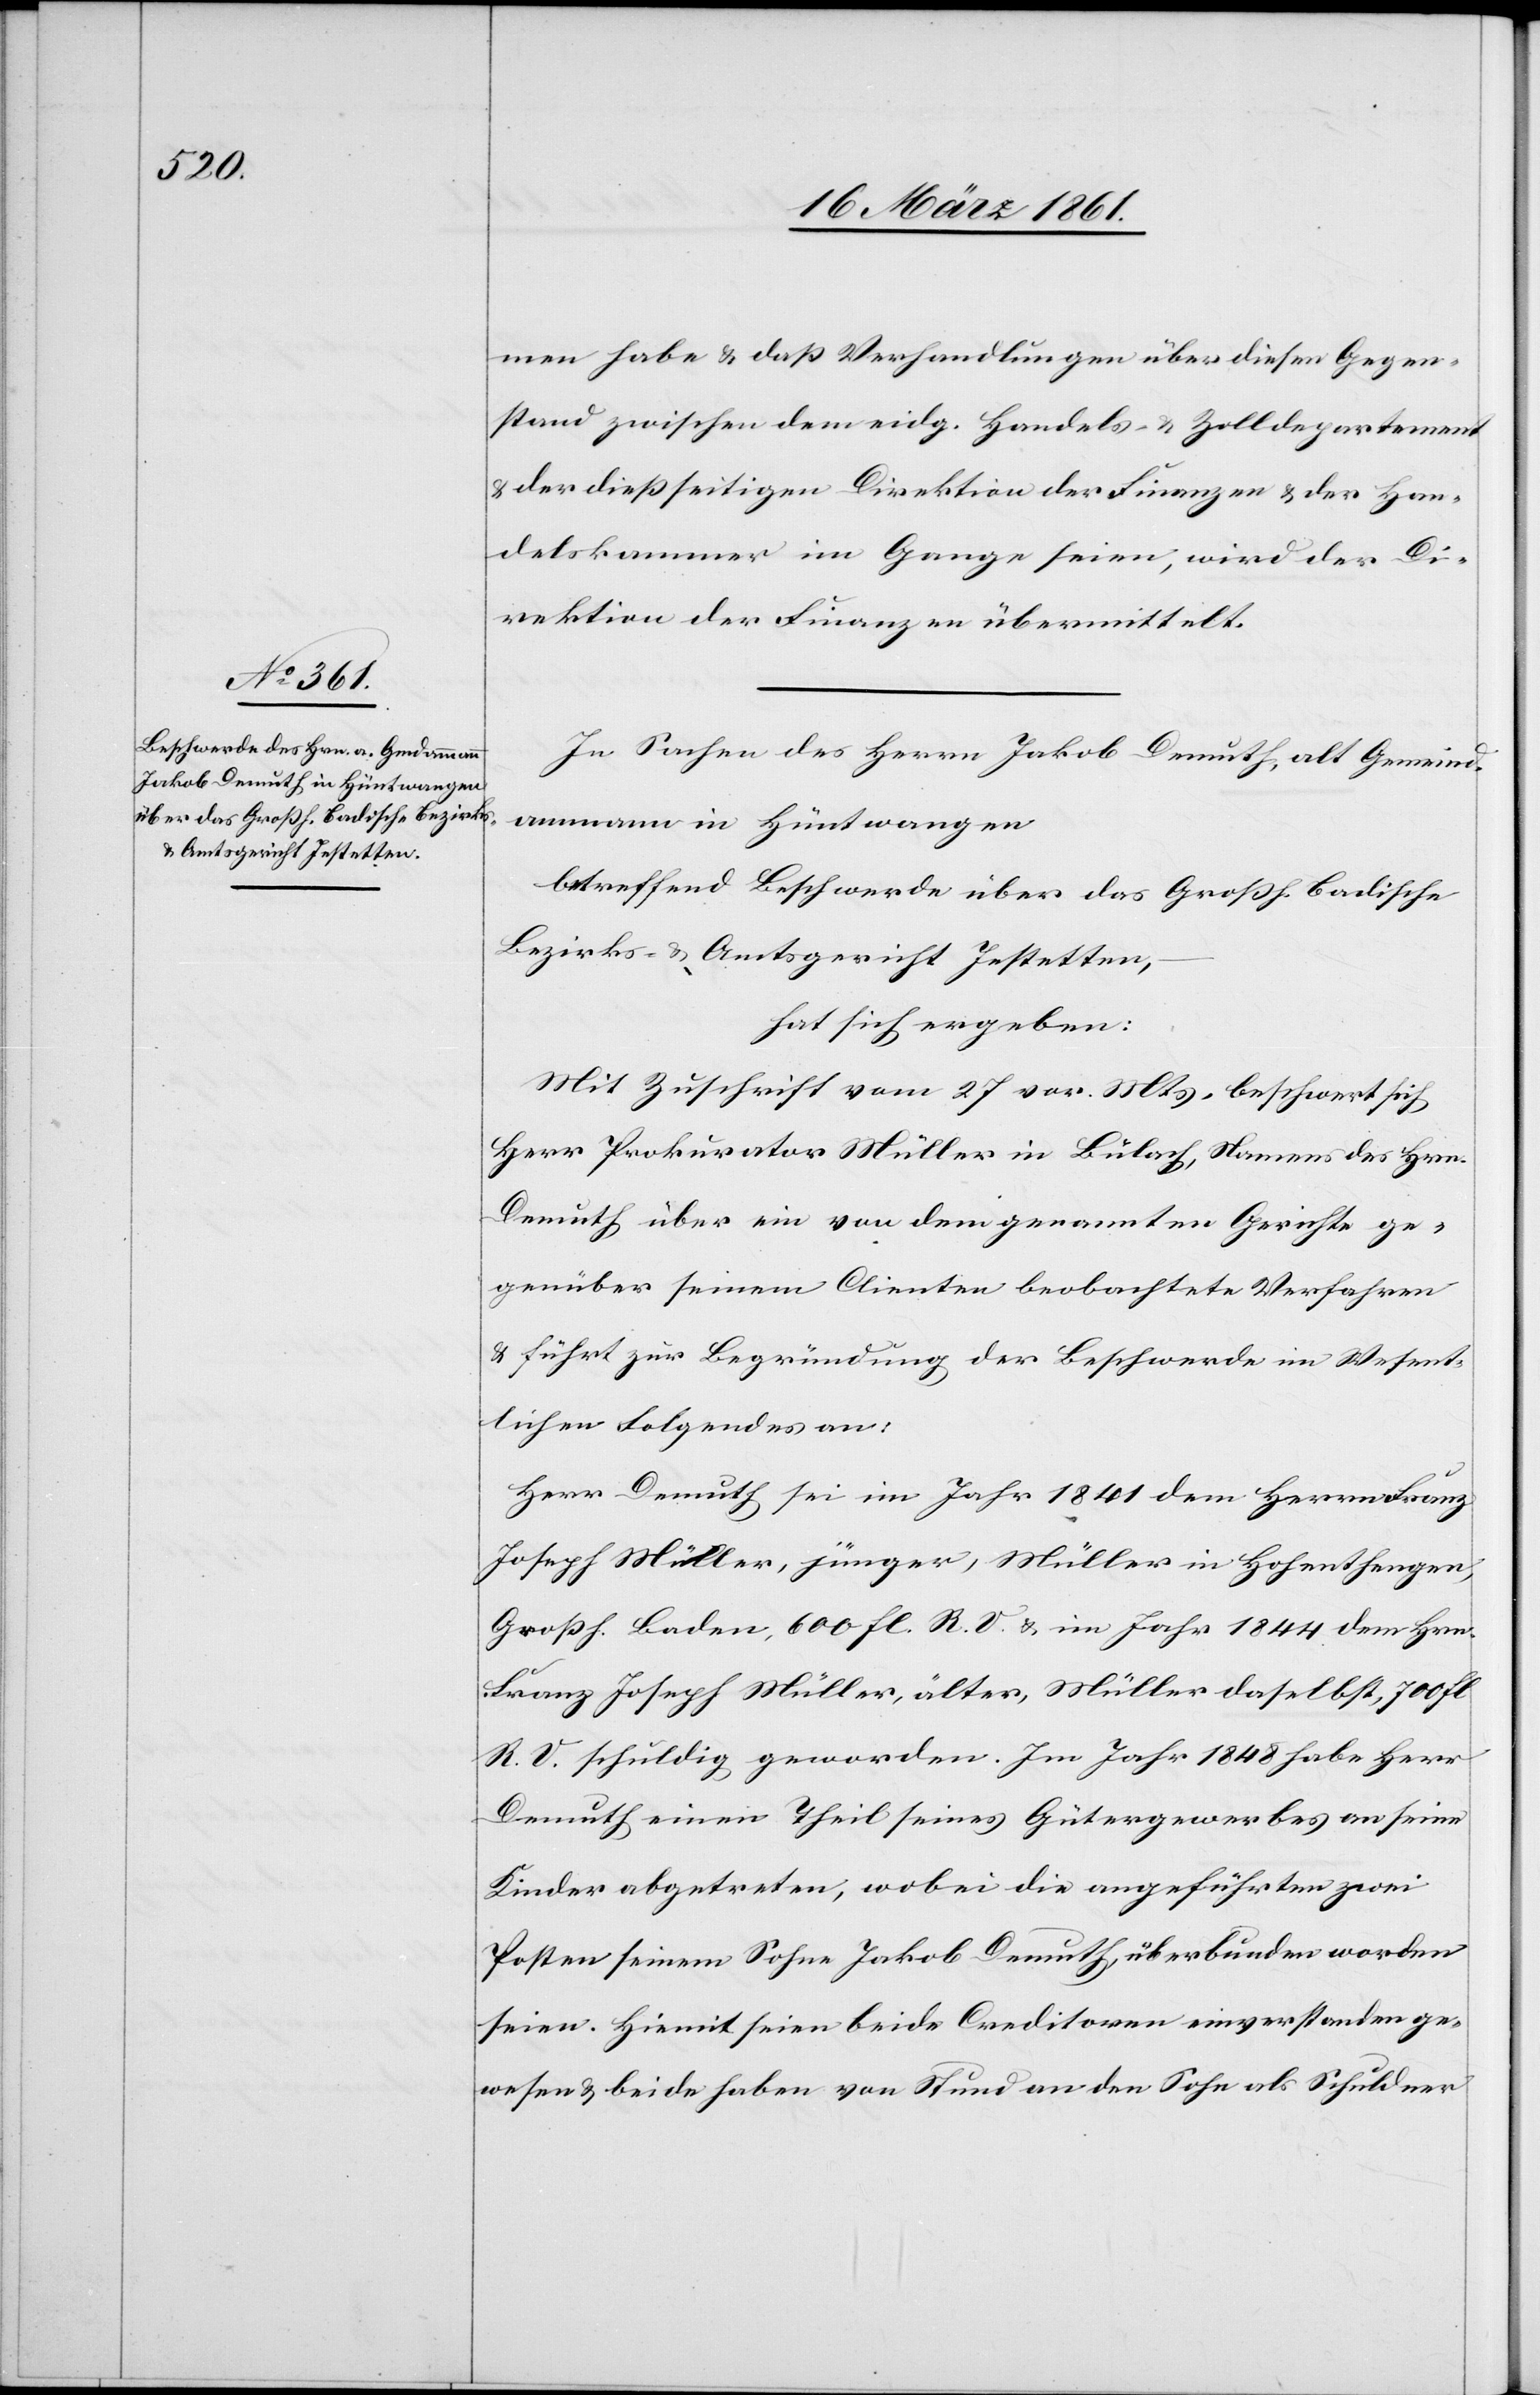
men habe u. daß Verhandlungen über diesen Gegen¬
stand zwischen dem eidg. Handels-. u. Zolldepartement
u. der dießseitigen Direktion der Finanzen u. der Han¬
delskammer im Gange seien, wird der Di¬
rektion der Finanzen übermittelt.
In Sachen des Herrn Jakob Demuth, alt Gemeind¬
ammann in Hüntwangen
betreffend Beschwerde über das Großh. Badische
Bezirks- u. Amtsgericht Jestetten,
hat ich ergeben:
Mit Zuschrift vom 27. vor. Mts. beschwert sich
Herr Prokurator Müller in Bülach, Namens des Hrn.
Demuth über ein von dem genannten Gerichte ge¬
genüber seinem Clienten beobachtete Verfahren
u. führt zur Begründung der Beschwerde im Wesent¬
lichen Folgendes an:
Herr Demuth sei im Jahr 1841 dem Herrn Franz
Joseph Müller, jünger, Müller in Hohenthengen,
Großh. Baden, 600 fl. R. V. u. im Jahr 1844 dem Hrn.
Franz Joseph Müller, älter, Müller daselbst, 700 fl.
R. V. schuldig geworden. Im Jahr 1848 habe Herr
Demuth einen Theil seines Gütergewerbes an seine
Kinder abgetreten, wobei die angeführten zwei
Posten seinem Sohne Jakob Demuth überbunden worden
seien. Hiemit seien beide Creditoren einverstanden ge¬
wesen u. beide haben von Stund an den Sohn als Schuldner